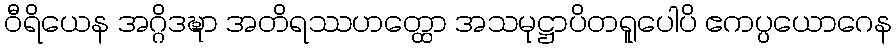
ဝီရိယေန အဂ္ဂိဒဍ္ဎာ အတိရဿဟတ္ထော အသမုဋ္ဌာပိတရူပေါပိ ဧကပ္ပယောဂေန